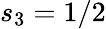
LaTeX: s_{3}=1/2